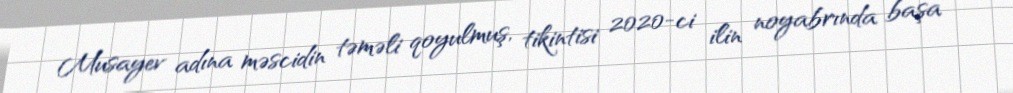
Musayev adına məscidin təməli qoyulmuş, tikintisi 2020-ci ilin noyabrında başa